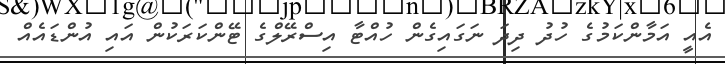
އެއީ އަމާންކަމުގެ ހުދު ދިދަ ނަގައިގެން ހުއްޓާ އިސްރޭލްގެ ޓޭންކަރަކުން އައި އުންޑައެއް